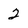
Character: 2